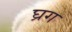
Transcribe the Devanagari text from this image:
घ्रग